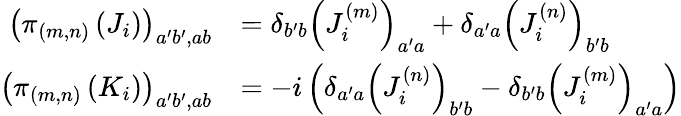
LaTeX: {\begin{array}{rl}{\left(\pi_{(m,n)}\left(J_{i}\right)\right)_{a^{\prime}b^{\prime},ab}}&{=\delta_{b^{\prime}b}\left(J_{i}^{(m)}\right)_{a^{\prime}a}+\delta_{a^{\prime}a}\left(J_{i}^{(n)}\right)_{b^{\prime}b}}\\ {\left(\pi_{(m,n)}\left(K_{i}\right)\right)_{a^{\prime}b^{\prime},ab}}&{=-i\left(\delta_{a^{\prime}a}\left(J_{i}^{(n)}\right)_{b^{\prime}b}-\delta_{b^{\prime}b}\left(J_{i}^{(m)}\right)_{a^{\prime}a}\right)}\end{array}}